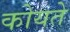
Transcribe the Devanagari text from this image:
कोयते